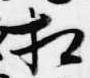
相